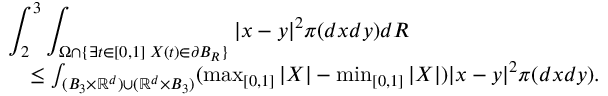
\begin{array} { r l } { \lefteqn { \int _ { 2 } ^ { 3 } \int _ { \Omega \cap \{ \exists t \in [ 0 , 1 ] \; X ( t ) \in \partial B _ { R } \} } | x - y | ^ { 2 } \pi ( d x d y ) d R } } \\ & { \le \int _ { ( B _ { 3 } \times \mathbb { R } ^ { d } ) \cup ( \mathbb { R } ^ { d } \times B _ { 3 } ) } ( \operatorname* { m a x } _ { [ 0 , 1 ] } | X | - \operatorname* { m i n } _ { [ 0 , 1 ] } | X | ) | x - y | ^ { 2 } \pi ( d x d y ) . } \end{array}